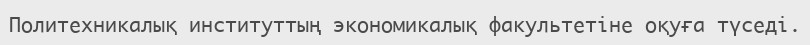
Политехникалық институттың экономикалық факультетіне оқуға түседі.